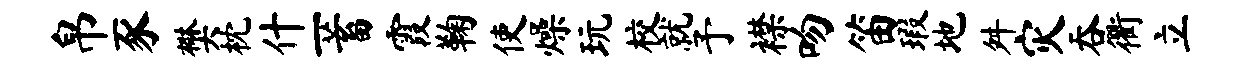
帛豕樊枕什一蓄霞鞠使燥玩校就予襟吻笛瑕地舛灾吞衢立